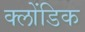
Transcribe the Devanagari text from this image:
क्लोंडिक